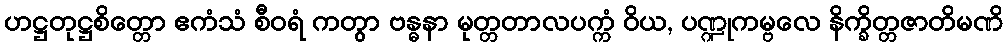
ဟဋ္ဌတုဋ္ဌစိတ္တော ဧကံသံ စီဝရံ ကတွာ ဗန္ဓနာ မုတ္တတာလပက္ကံ ဝိယ, ပဏ္ဍုကမ္ဗလေ နိက္ခိတ္တဇာတိမဏိ